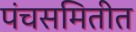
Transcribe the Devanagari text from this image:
पंचसमितीत